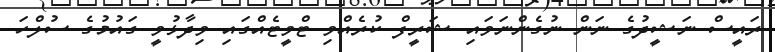
ރައީސް ނަޝީދުގެ ނަން ނުގެންނަވައި ޝަރީފް ކުރެއްވި ޓްވީޓެއްގައި ވިދާޅުވީ ގައުމުގެ ސުލްހަ